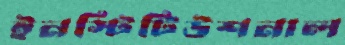
ইনস্টিটিউশনাল